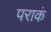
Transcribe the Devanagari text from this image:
पराकं